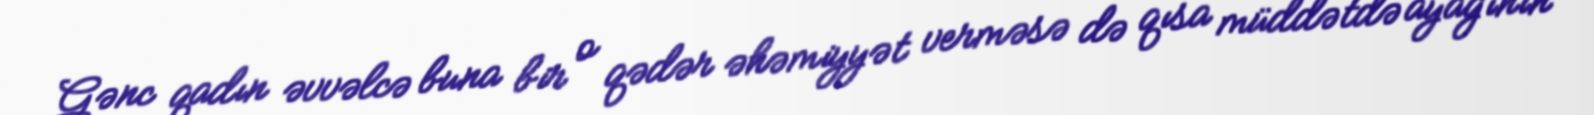
Gənc qadın əvvəlcə buna bir o qədər əhəmiyyət verməsə də qısa müddətdə ayağının